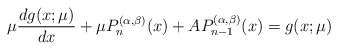
\begin{align*} \mu\frac{dg(x;\mu)}{dx} + \mu P_n^{(\alpha,\beta)}(x) + A P_{n-1}^{(\alpha,\beta)}(x) = g(x;\mu) \end{align*}